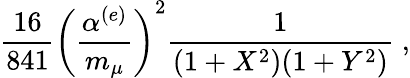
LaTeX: \frac{16}{841}\left(\frac{\alpha^{(e)}}{m_{\mu}}\right)^{2}\frac{1}{(1+X^{2})(1+Y^{2})}\; ,